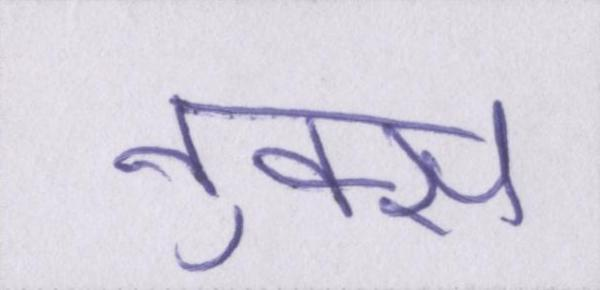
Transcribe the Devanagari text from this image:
नुक्स